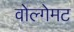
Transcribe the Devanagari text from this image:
वोल्गेमट